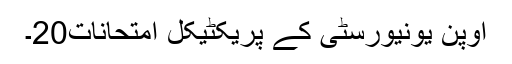
اوپن یونیورسٹی کے پریکٹیکل امتحانات20۔